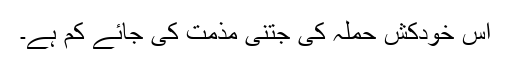
اس خودکش حملہ کی جتنی مذمت کی جائے کم ہے۔